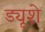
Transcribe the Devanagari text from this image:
ड्यूशे